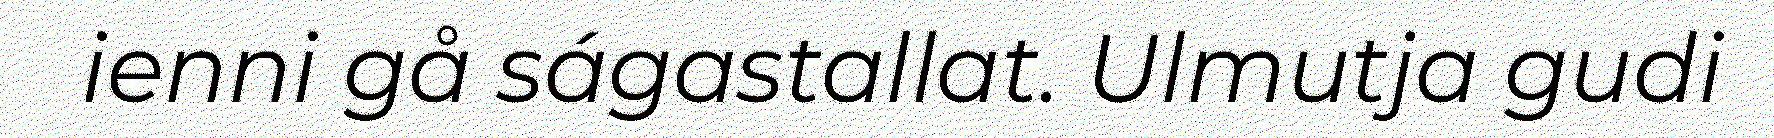
ienni gå ságastallat. Ulmutja gudi